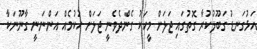
އަޅުގަނޑު ގަބޫލުކުރާ ގޮތުގައި ޖަލަށް މީހަކު ގެންދެވެނީ ޖަލަށް ހުކުމެއް އަންނަނީ ގާނޫނަކާ